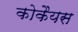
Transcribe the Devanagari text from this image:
कोकैयस